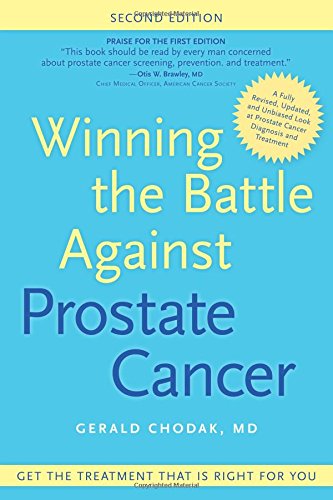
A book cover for Winning the Battle Against Prostate Cancer: Get The Treatment That's Right For You; Gerald Chodak MD; Health, Fitness & Dieting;